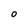
Character: 0